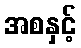
အစနှင့်